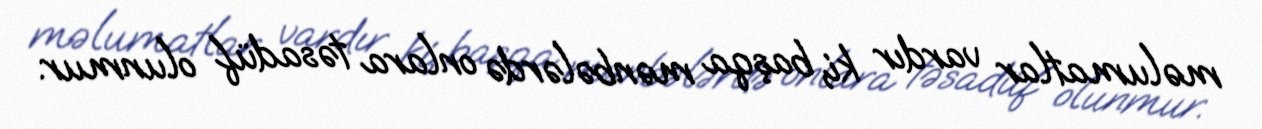
məlumatlar vardır ki, başqa mənbələrdə onlara təsadüf olunmur.